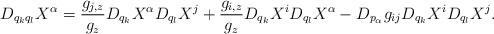
LaTeX: \begin{align*} D_{q_kq_l}X^\alpha = \frac{g_{j,z}}{g_z}D_{q_k}X^\alpha D_{q_l}X^j + \frac{g_{i,z}}{g_z}D_{q_k}X^iD_{q_l}X^\alpha-D_{p_\alpha}g_{ij}D_{q_k}X^iD_{q_l}X^j. \end{align*}